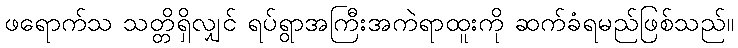
ဖရောက်သ သတ္တိရှိလျှင် ရပ်ရွာအကြီးအကဲရာထူးကို ဆက်ခံရမည်ဖြစ်သည်။